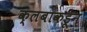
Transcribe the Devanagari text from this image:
क्लबाकडून